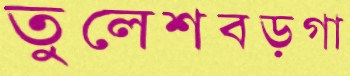
তুলেশবড়গা